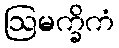
ဩမက္ခိကံ